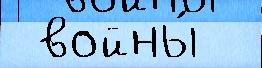
 войны́